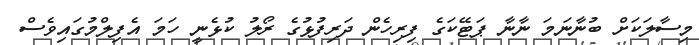
މިސާލަކަށް ބުނާނަމަ ނާނާ ޕަޓޭކަގެ ފިރިހެން ދަރިފުޅުގެ ރޯލު ކުޅެނީ ހަމަ އެފިލްމުގައިވެސް